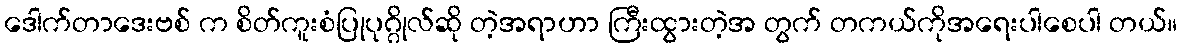
ဒေါက်တာဒေးဗစ် က စိတ်ကူးစံပြုပုဂ္ဂိုလ်ဆို တဲ့အရာဟာ ကြီးထွားတဲ့အ တွက် တကယ်ကိုအရေးပါစေပါ တယ်။